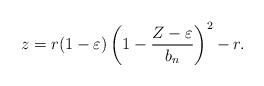
LaTeX: \begin{align*}z=r(1-\varepsilon)\left(1-\frac{Z-\varepsilon}{b_n}\right)^2-r.\end{align*}